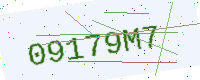
Text: 09179M7